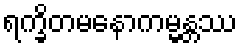
ရက္ခိတမနောကမ္မန္တဿ